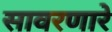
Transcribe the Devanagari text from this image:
सावरणारे